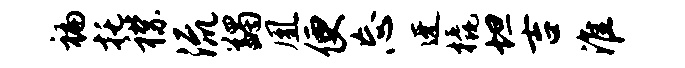
褊托襟流蠲凰便忘迓橇坦吉淮